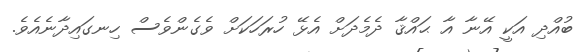
ބުއްދި އަކީ އޭނާ އާ ޙައްޤާ ދެމެދަށް އެޅޭ ހުރަހަކަށް ވެގެންވެސް ހިނގައިދާނެއެވެ.